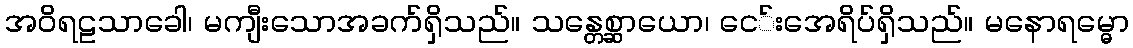
အဝိရဠသာခေါ၊ မကျီးသောအခက်ရှိသည်။ သန္တေစ္ဆာယော၊ ငေ်းအေရိပ်ရှိသည်။ မနောရမ္ဓော